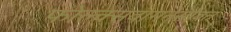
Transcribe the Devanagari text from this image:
फोल्क्सवागनसोबत